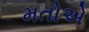
મતોએ